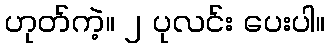
ဟုတ်ကဲ့။ ၂ ပုလင်း ပေးပါ။